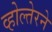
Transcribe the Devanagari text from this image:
व्होल्तेरने